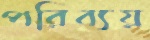
পরিব্যয়